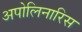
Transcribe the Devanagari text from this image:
अपोलिनारिस